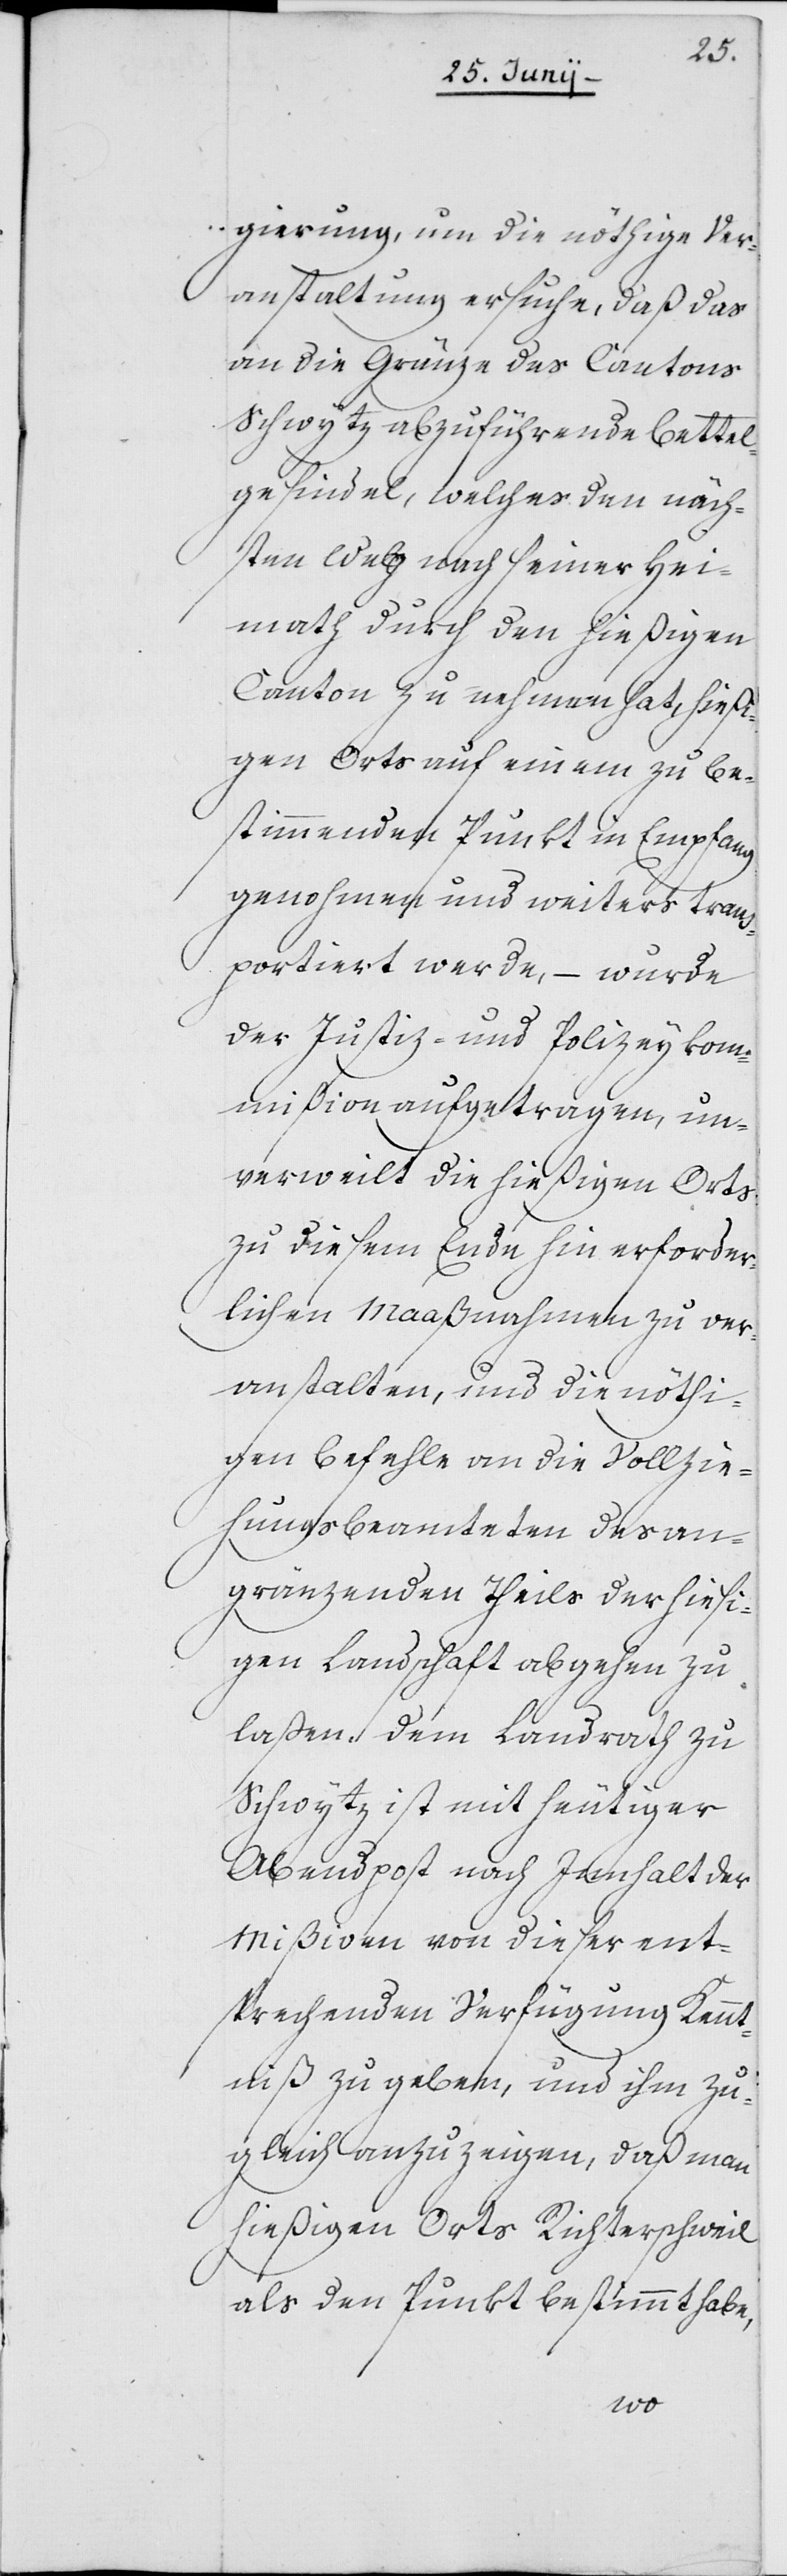
gierung um die nöthige Ver¬
anstaltung ersuche, daß das
an die Gränze des Cantons
Schwytz abzuführende Bettel¬
gesindel, welches den näch¬
sten Weg nach seiner Hei¬
math durch den hießigen
Canton zu nehmen hat, hießi¬
gen Orts auf einem zu be¬
stimmenden Punkt in Empfang
genohmen und weiters tran¬
sportiert werde, – wurde
der Justiz- und Polizeykom¬
mißion aufgetragen, un¬
verweilt die hießigen Orts
zu diesem Ende hin erforder¬
lichen Maaßnahmen zu ver¬
anstalten, und die nöthi¬
gen Befehle an die Vollzie¬
hungsbeamteten des an¬
gränzenden Theils der hiesi¬
gen Landschaft abgehen zu
laßen, dem Landrath zu
Schwytz ist mit heutiger
Abendpost nach Innhalt der
Mißiven von dieser ent¬
sprechenden Verfügung Kennt¬
niß zu geben, und ihm zu¬
gleich anzuzeigen, daß man
hießigen Orts Richterschweil
als den Punkt bestimmt habe,